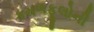
કમળફૂલોની